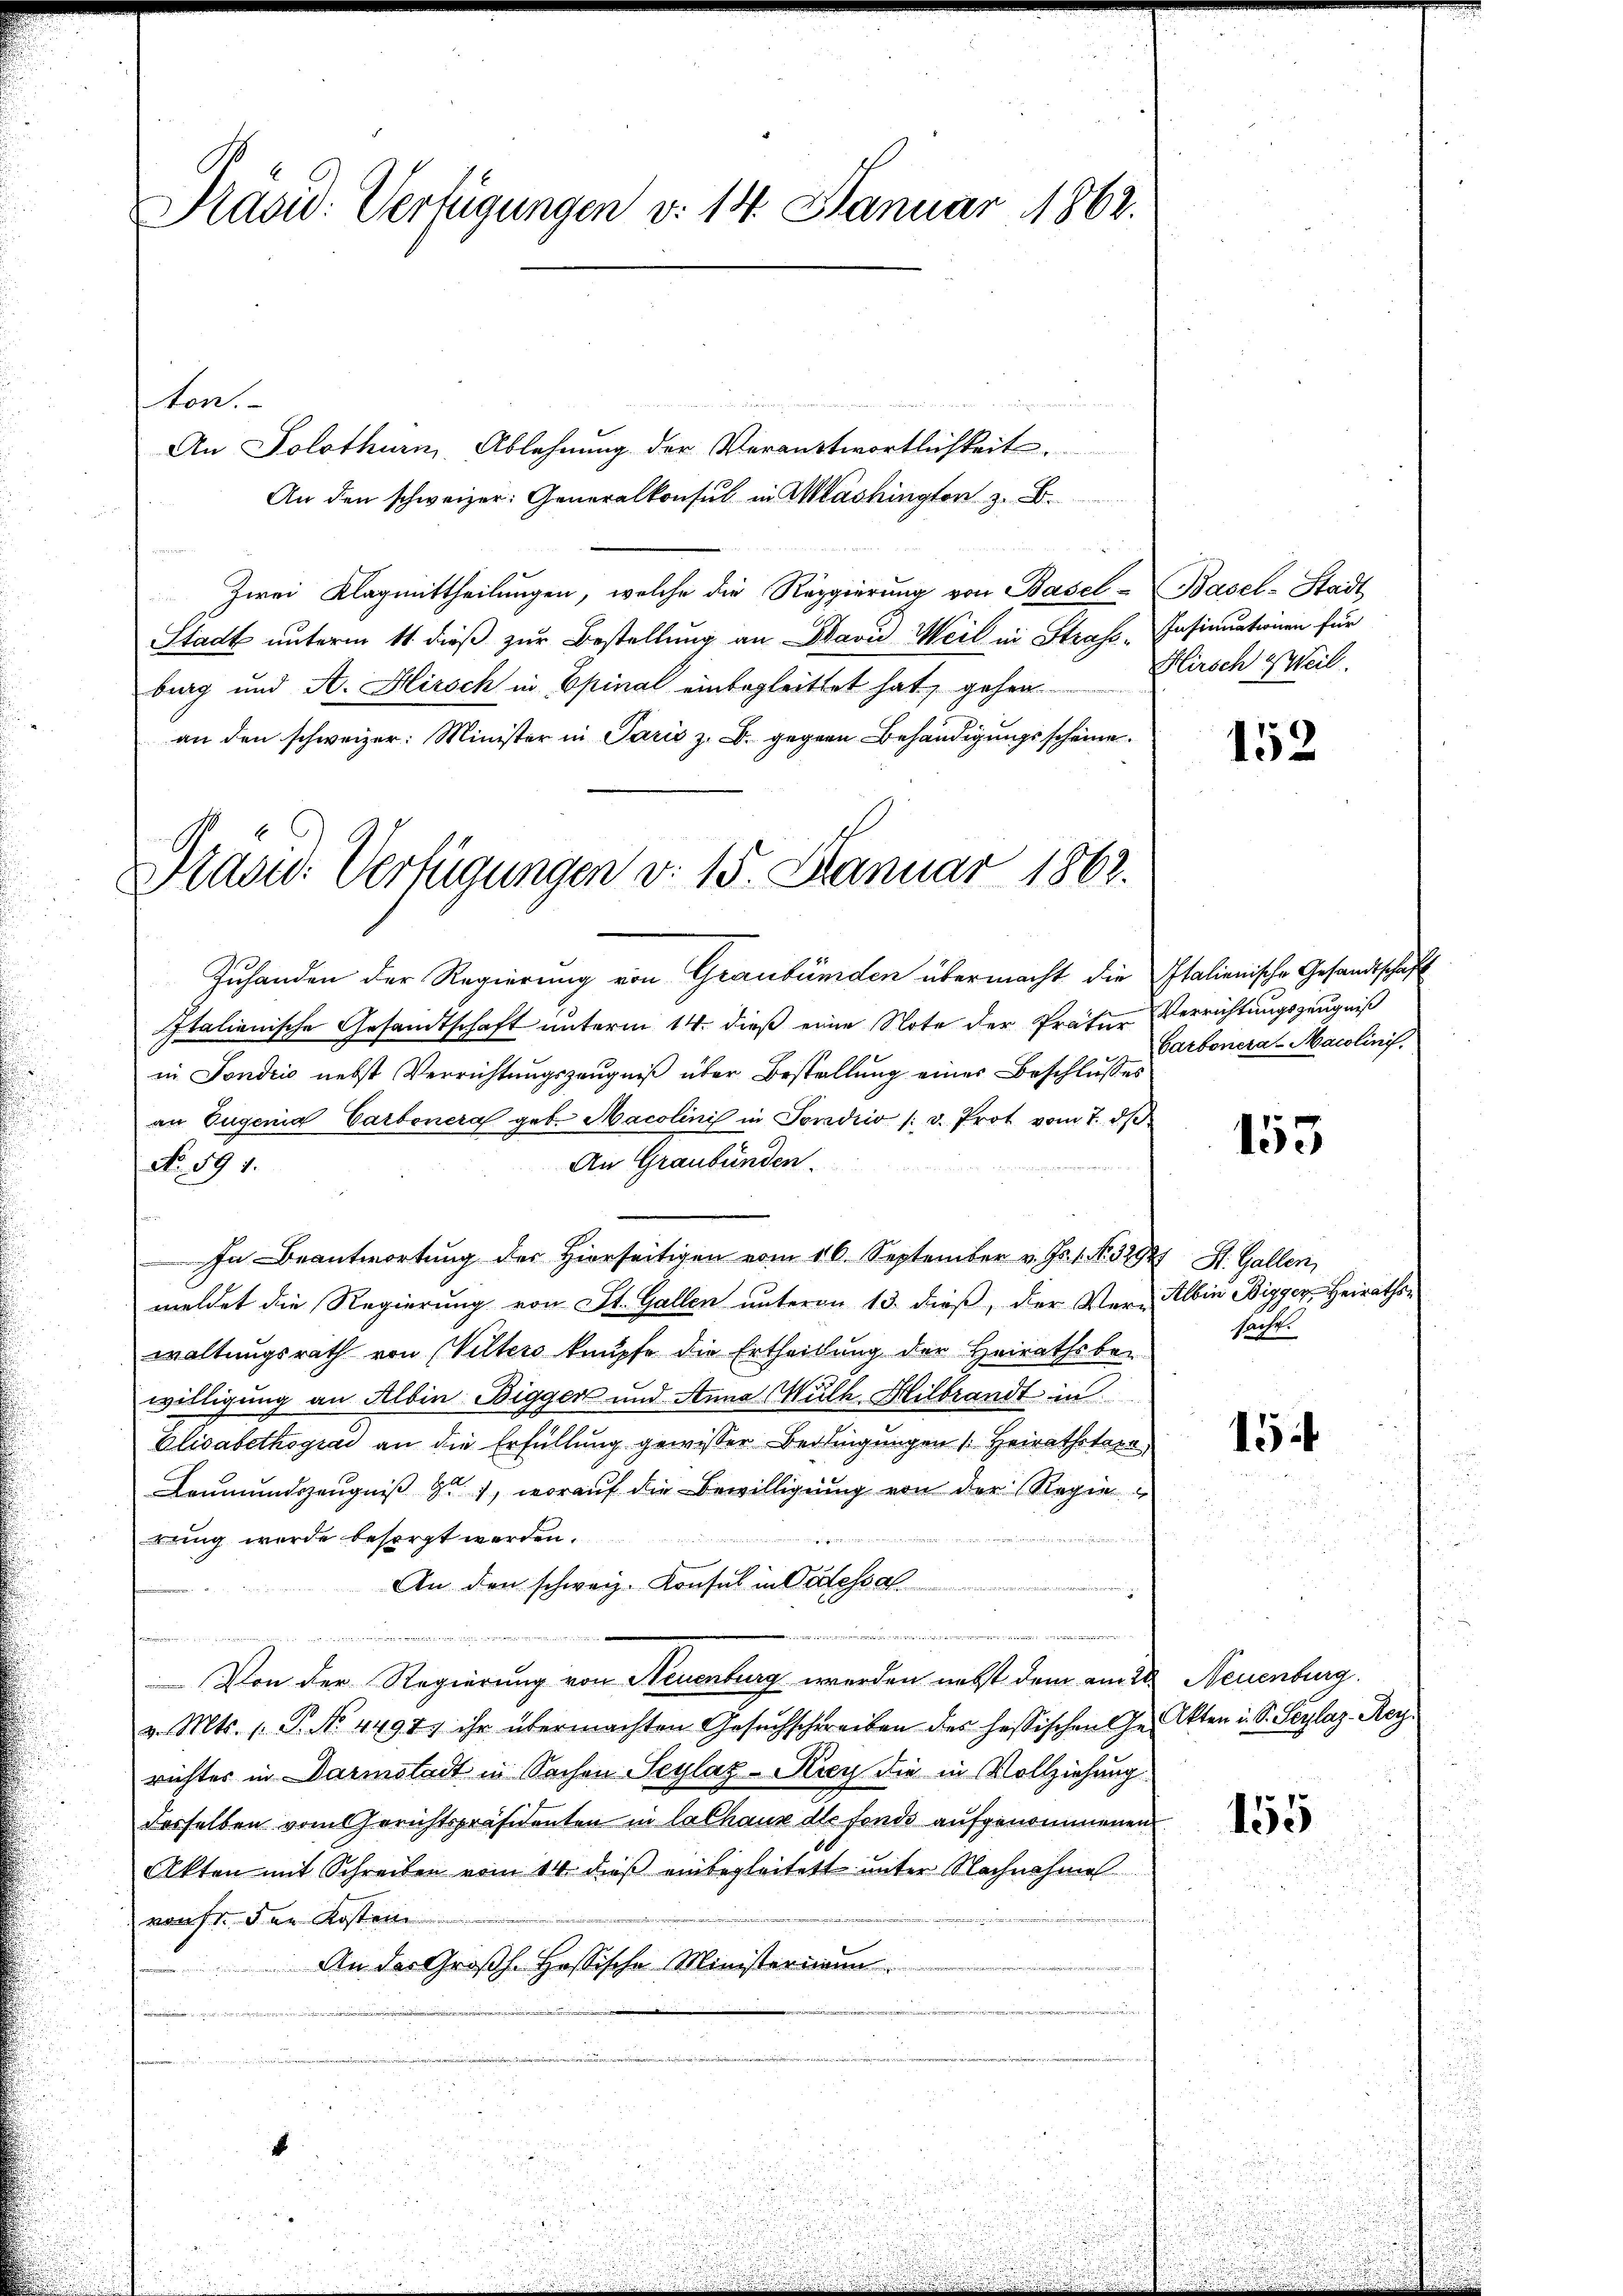
Prasid. Verfügungen v. 14. Januar 1862.

Präsid. Verfügungen v. 15. Januar 1862.

ton.

An Solothurn, Ablehnŭng der Verantwortlichkeit
An den schweizer: Generalkonsul in Mashingten z. B.
Zwei Klagmittheilungen, welche die Reggierung von Basel-Basel-Stadt
Stadt unterm 11. dieß zur Bestellung an David Weil in Strass-Insinuationen für
burg und A. Hirsch in Epinal einbegleittet hat, gehen
an den schweizer: Minister in Paris z. B. gegen Behändigungsscheine
Zuhanden der Regierung von Graubünden übermacht die Italienische Gesandtschäft
Italienische Gesandtschaft unterm 14. dieß eine Note der Präter Verrichtungszeugniß
in Fondcio nebst Verrichtŭngszeŭgniβ über Bestellung eines Beschlusses
an Eugenia Carbonera geb. Macolini in Tondio /: v. Prot vom 7. dβ
An Graubünden.
No 594.
In Beantwortung der Hierseitigen vom 16. September v. Js. 1. No. 32927 St. Gallen,
meldet die Regierung von St. Gallen unterm 13. dieß, der Ver-Albin Bigger Heirathen
waltungsrath von Vilters knüpfe die Ertheilung der Heirathsbewilligung an Albin-Bigger und Anna Wuth Hilbrandt in
Elisabethogiae an die Erfüllung gewisser Bedingungen (Heirathstaxe
Leumundszeugniß 9), worauf die Bewilligung von der Regie
rung wurde besorgt werden.
An den schweiz. Konsul in Oedessal
iten Mi
 den mit die einem
Von der Regierung von Neuenburg werden nebst dem eine Neuenburg.
v. Mts. 1. P. No. 44977 ihr übermachten Gesŭchschreiben des hassischen Ge-Akten i. S. Beylaz-Mey
richtes in Darmstadt in Sachen Seylaz-Kiy die in Vollziehung
derselben vom Gerichtspräsidenten in lalhaus die fondo aufgenommenen
Akten mit Schreiben vom 14. dieß einbegleitet unter Nachnahme
von fr. der Kosten
An der Großh. Hessische Ministerium
2
i
4

Hirsch Weil.

152

Carbonera-Macolini.

155

sache.

15

155